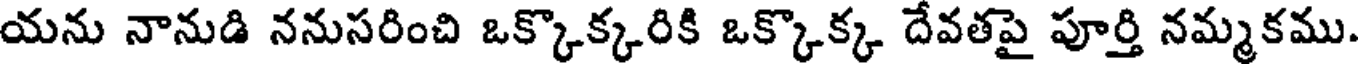
యను నానుడి ననుసరించి ఒక్కొక్కరికి ఒక్కొక్క దేవతపై పూర్తి నమ్మకము.